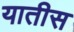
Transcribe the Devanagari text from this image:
यातीस